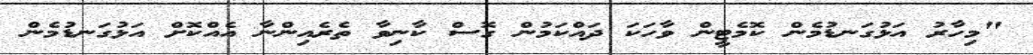
"މިހާރު އަޅުގަނޑުމެން ކޮމެޓީން ވާހަކަ ދައްކަމުން ގޮސް ކާނިވާ ތެރެއިންނާ އެއްކޮށް އަޅުގަނޑުމެން